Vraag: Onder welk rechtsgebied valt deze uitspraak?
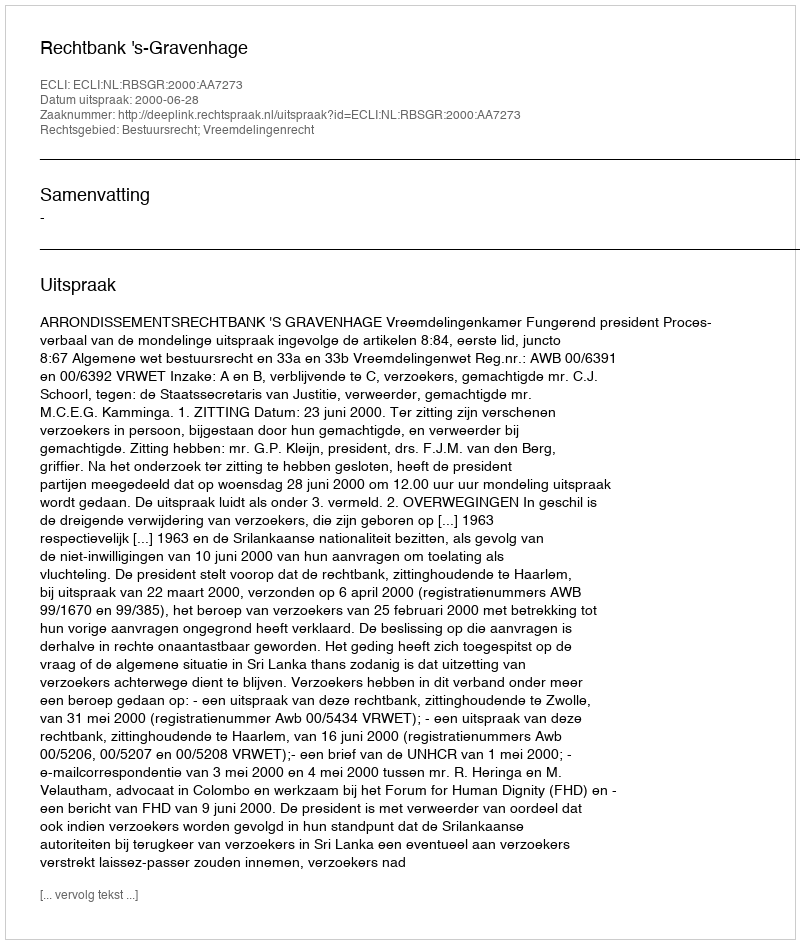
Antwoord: Bestuursrecht; Vreemdelingenrecht